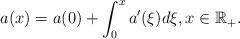
LaTeX: \begin{align*}a(x)=a(0)+\int_{0}^{x} a'(\xi) d\xi, x\in {\mathbb R}_{+}.\end{align*}